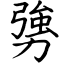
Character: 勥